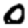
Digit: 0